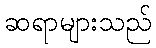
ဆရာများသည်